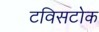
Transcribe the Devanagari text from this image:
टविसटोक